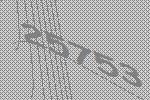
25753